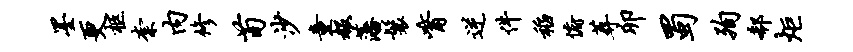
墨更柩柰内修荀沙童赧藩鬟觜逆件稻俯葬卯蜀殉欷炬